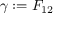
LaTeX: \gamma : = F _ { 1 2 }